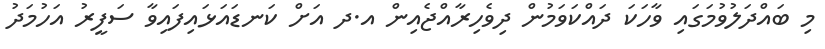
މި ބައްދަލުވުމަގައި ވާހަކަ ދައްކަވަމުން ދިވެހިރާއްޖެއިން އ.ދ އަށް ކަނޑައަޅައިފައިވާ ސަފީރު އަހުމަދު